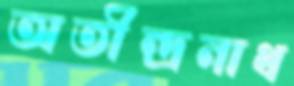
অতীন্দ্রনাথ